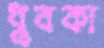
ধুবকা